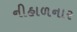
નીહાળનાર